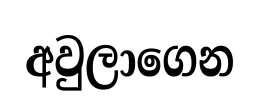
අවුලාගෙන